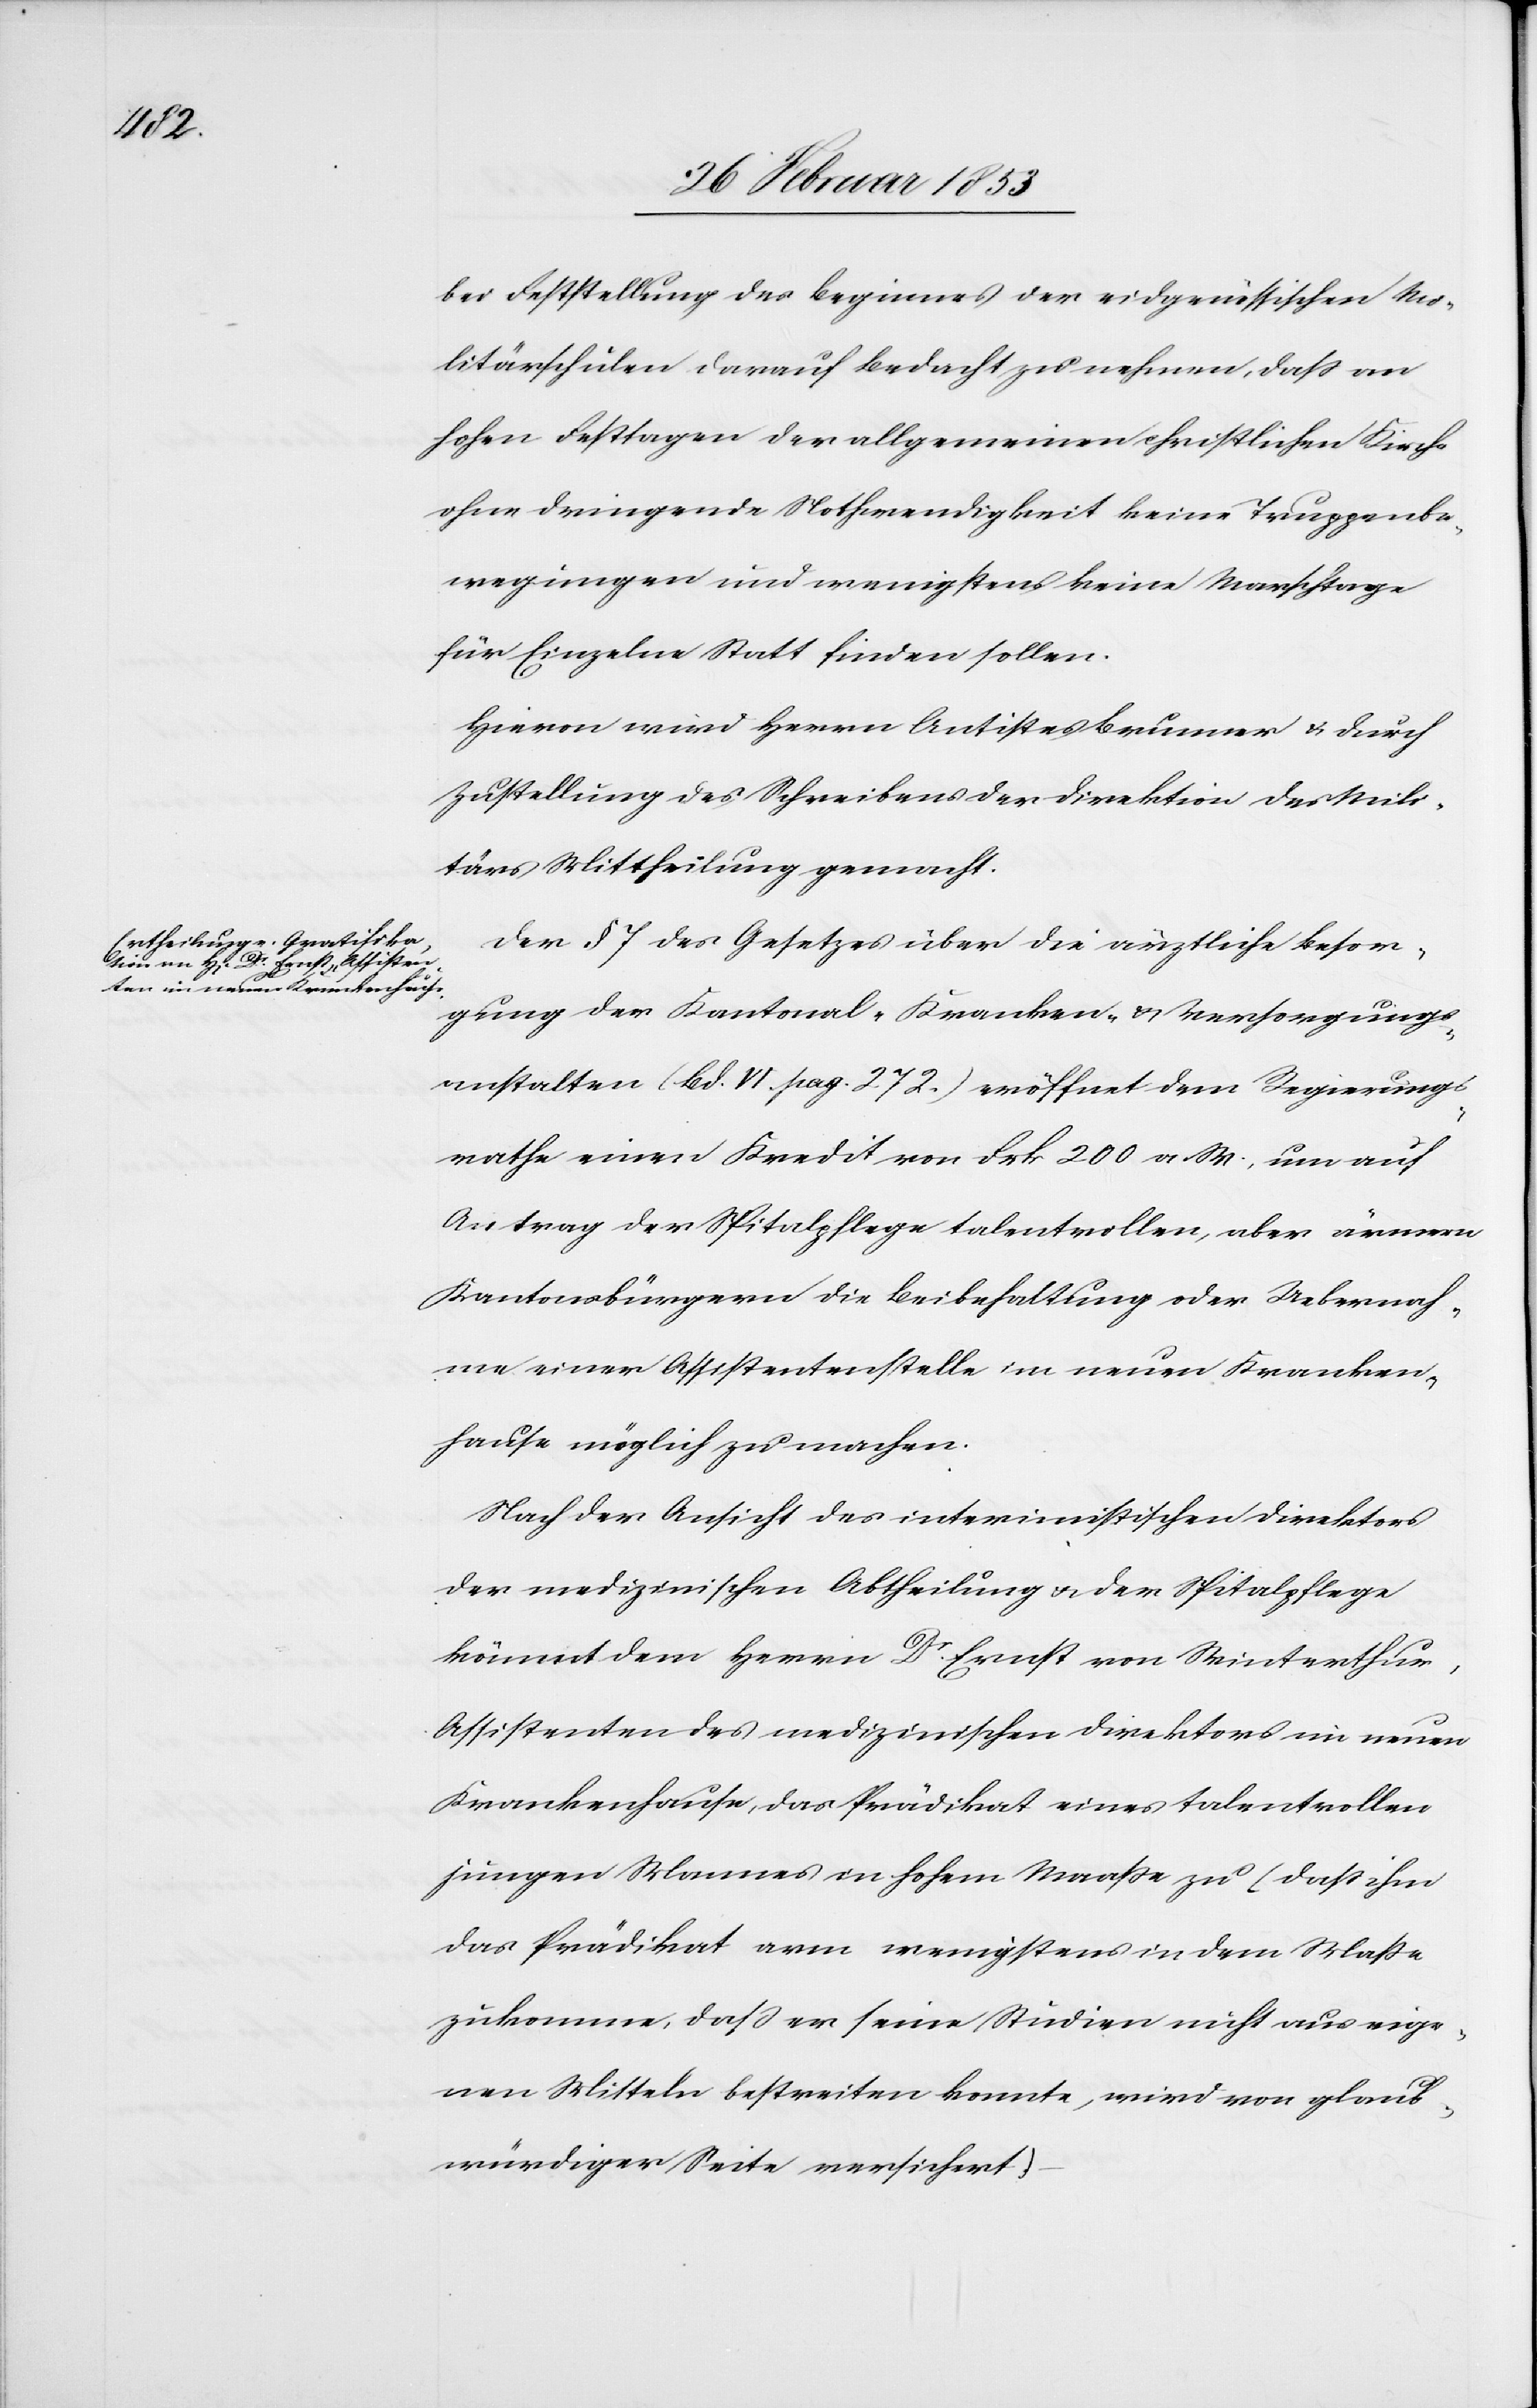
bei Feststellung des Beginnes der eidgenössischen Mi¬
litärschulen darauf bedacht zu nehmen, daß an
hohen Festtagen der allgemeinen christlichen Kirche
ohne dringende Nothwendigkeit keine Truppenbe¬
wegungen und wenigstens keine Marschtage
für Einzelne Statt finden sollen.
Hievon wird Herrn Antistes Brunner u. durch
Zustellung des Schreibens der Direktion des Mili¬
tärs Mittheilung gemacht.
Der § 7 des Gesetzes über die ärztliche Besor¬
gung der Kantonal-Kranken- u. Versorgungs¬
anstalten (Bd. VI. pag. 272) eröffnet dem Regierungs¬
rathe einen Kredit von Frk. 200 a. W, um auf
Antrag der Spitalpflege talentvollen, aber ärmern
Kantonsbürgern die Beibehaltung oder Uebernah¬
me einer Assistenzstelle im neuen Kranken¬
hause möglich zu machen.
Nach der Ansicht des interimistischen Direktors
der medizinischen Abtheilung u. der Spitalpflege
kömmt dem Herrn Dr. Ernst von Winterthur,
Assistenten des medizinischen Direktors im neuen
Krankenhause, das Prädikat eines talentvollen
jungen Mannes in hohem Maaße zu (daß ihm
das Prädikat arm wenigstens in dem Maße
zukomme, daß er seine Studien nicht aus eige¬
nen Mitteln bestreiten konnte, wird von glaub¬
würdiger Seite versichert)